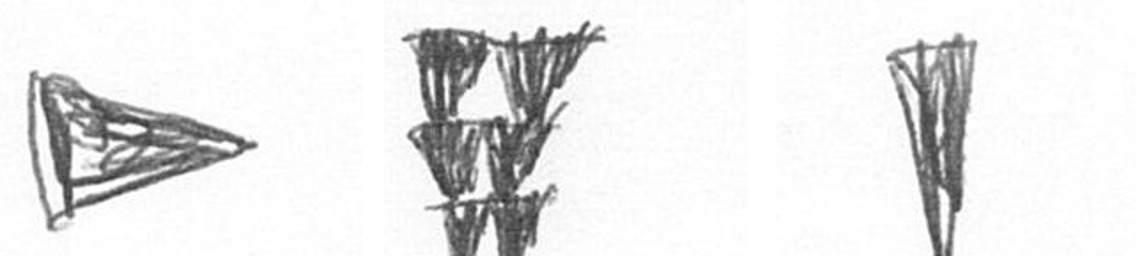
T Y J